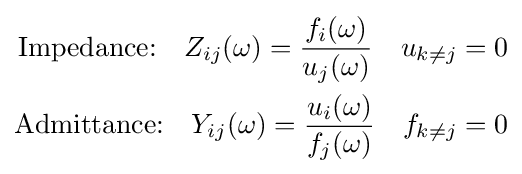
{\begin{aligned}{\text{Impedance:}}\quad Z_{ij}(\omega )={\frac {f_{i}(\omega )}{u_{j}(\omega )}}\quad u_{k\neq j}=0\\{\text{Admittance:}}\quad Y_{ij}(\omega )={\frac {u_{i}(\omega )}{f_{j}(\omega )}}\quad f_{k\neq j}=0\end{aligned}}